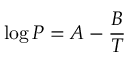
\log P = A - { \frac { B } { T } }